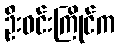
ဦးဝင်းကြိုင်က